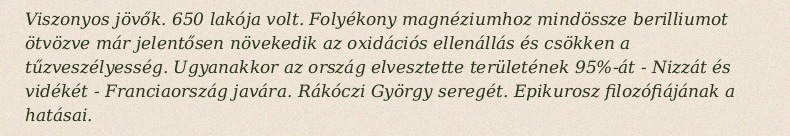
Viszonyos jövők. 650 lakója volt. Folyékony magnéziumhoz mindössze berilliumot ötvözve már jelentősen növekedik az oxidációs ellenállás és csökken a tűzveszélyesség. Ugyanakkor az ország elvesztette területének 95%-át - Nizzát és vidékét - Franciaország javára. Rákóczi György seregét. Epikurosz filozófiájának a hatásai.